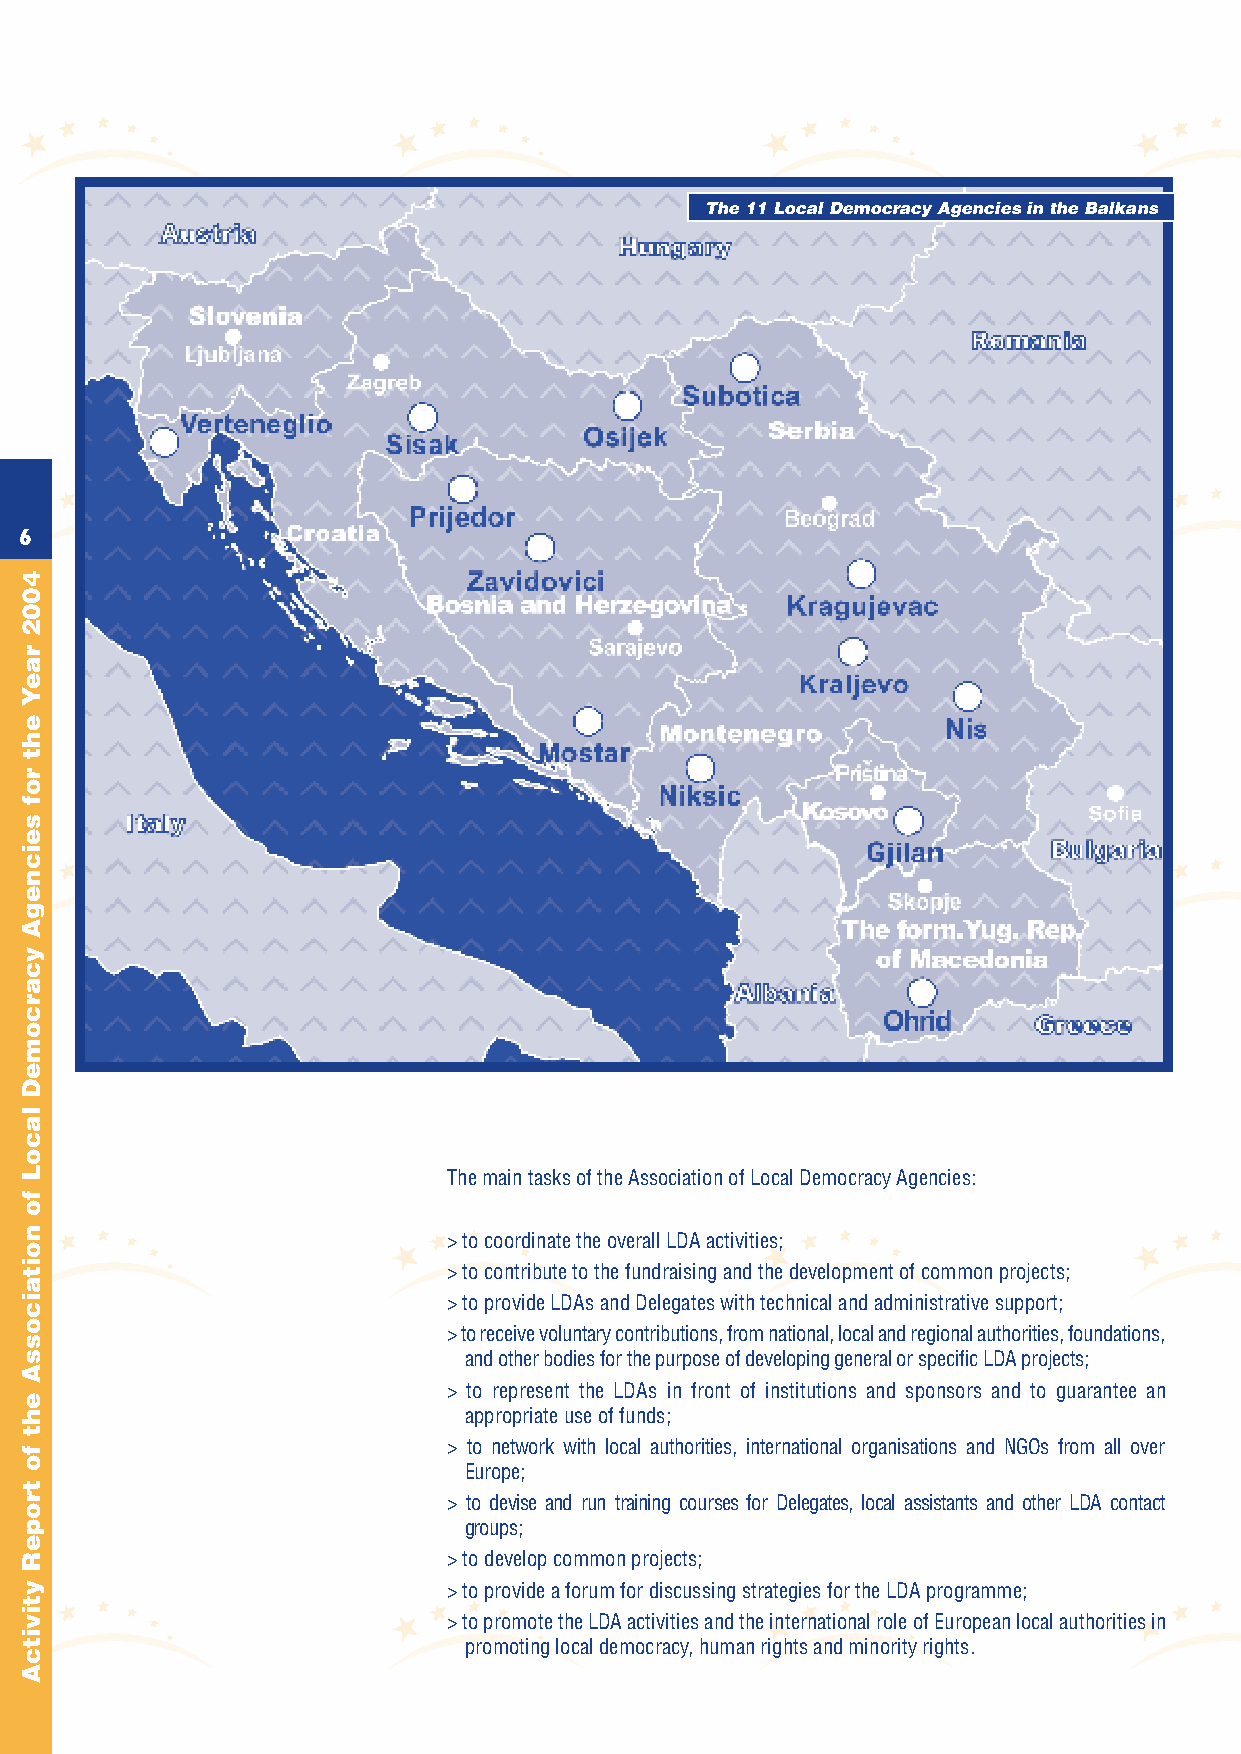
The 11 Local Democracy Agencies in the Balkans
 6                                                                                                                                                                7
 The main tasks of the Association of Local Democracy Agencies:
 > to coordinate the overall LDA activities;
 > to contribute to the fundraising and the development of common projects;
 > to provide LDAs and Delegates with technical and administrative support;
 > to receive voluntary contributions, from national, local and regional authorities, foundations,
 and other bodies for the purpose of developing general or specific LDA projects;
 > to represent the LDAs in front of institutions and sponsors and to guarantee an
 appropriate use of funds;
 > to network with local authorities, international organisations and NGOs from all over
 Europe;
 > to devise and run training courses for Delegates, local assistants and other LDA contact
 groups;
 > to develop common projects;
 > to provide a forum for discussing strategies for the LDA programme;
 > to promote the LDA activities and the international role of European local authorities in
 promoting local democracy, human rights and minority rights.
 4002
 raeY
 eht
 rof
 seicnegA
 ycarcomeD
 lacoL
 fo
 noitaicossA
 eht
 fo
 tropeR
 ytivitcA